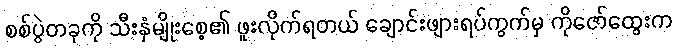
စစ်ပွဲတခုကို သီးနှံမျိုးစေ့၏ ဖူးလိုက်ရတယ် ချောင်းဖျားရပ်ကွက်မှ ကိုဇော်ထွေးက